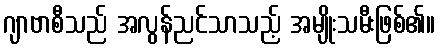
ဂျာဗာစီသည် အလွန်ညင်သာသည့် အမျိုးသမီးဖြစ်၏။